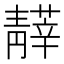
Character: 𩇡